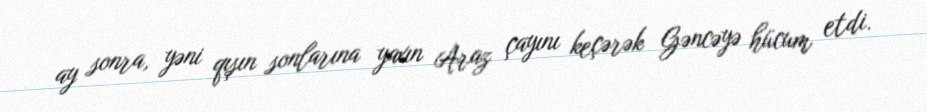
ay sonra, yəni qışın sonlarına yaxın Araz çayını keçərək Gəncəyə hücum etdi.